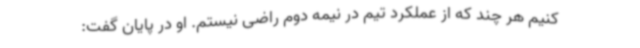
کنیم هر چند که از عملکرد تیم در نیمه دوم راضی نیستم. او در پایان گفت: